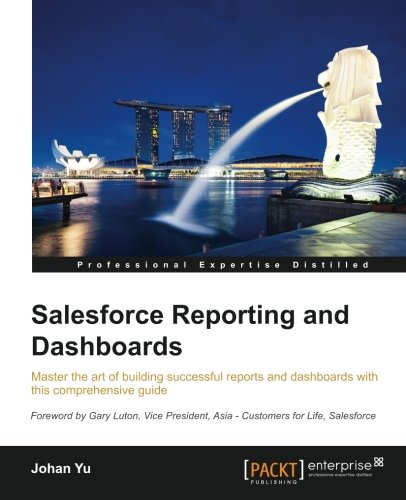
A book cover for Salesforce Reporting and Dashboards; Johan Yu; Computers & Technology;